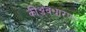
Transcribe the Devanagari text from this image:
कीअवधारणा